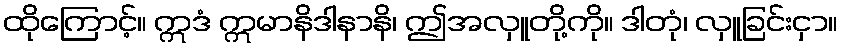
ထိုကြောင့်။ ဣဒံ ဣမာနိဒါနာနိ၊ ဤအလှူတို့ကို။ ဒါတုံ၊ လှူခြင်းငှာ။